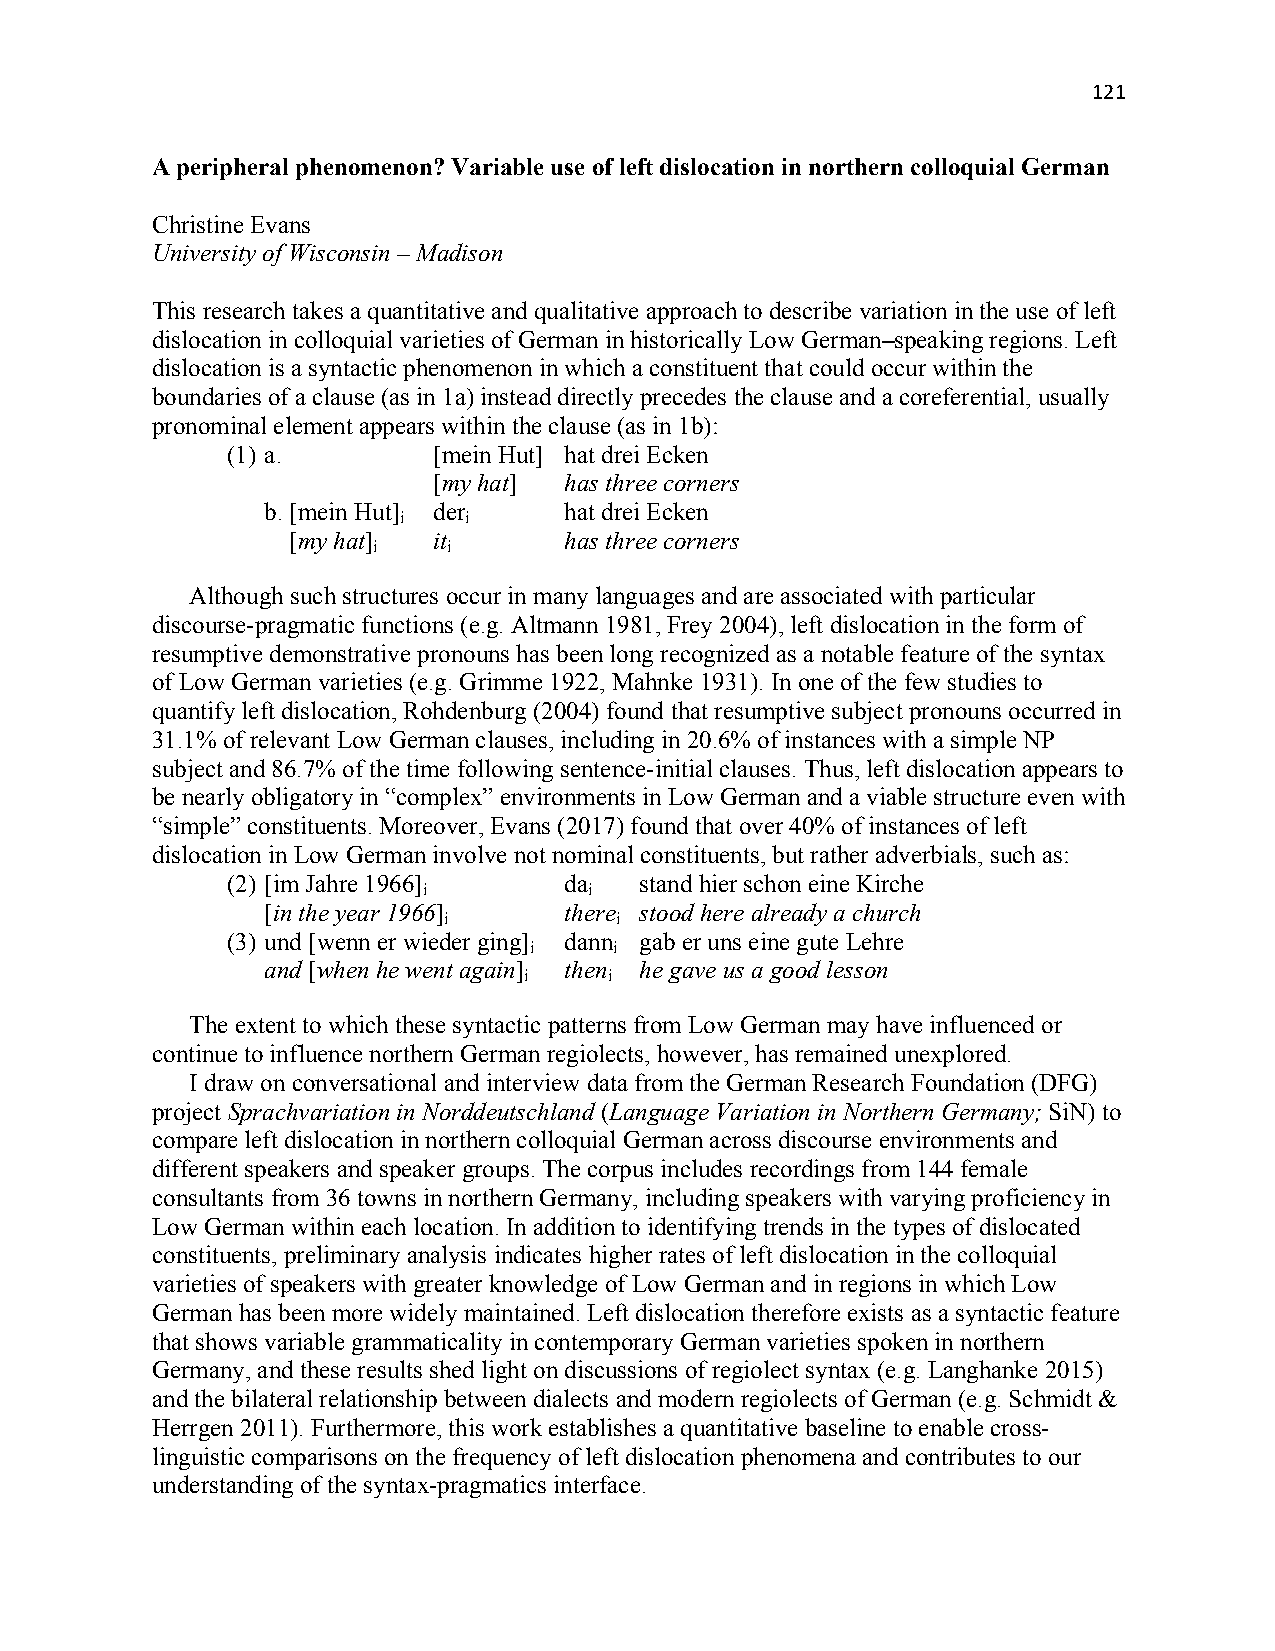
121
 A peripheral phenomenon? Variable use of left dislocation in northern colloquial German
 Christine Evans
 University of Wisconsin – Madison
 This research takes a quantitative and qualitative approach to describe variation in the use of left
 dislocation in colloquial varieties of German in historically Low German–speaking regions. Left
 dislocation is a syntactic phenomenon in which a constituent that could occur within the
 boundaries of a clause (as in 1a) instead directly precedes the clause and a coreferential, usually
 pronominal element appears within the clause (as in 1b):
 (1) a.        [mein Hut] hat drei Ecken
 [my hat] has three corners
 b. [mein Hut] der  hat drei Ecken
 i    i
 [my hat]  it      has three corners
 i    i
 Although such structures occur in many languages and are associated with particular
 discourse-pragmatic functions (e.g. Altmann 1981, Frey 2004), left dislocation in the form of
 resumptive demonstrative pronouns has been long recognized as a notable feature of the syntax
 of Low German varieties (e.g. Grimme 1922, Mahnke 1931). In one of the few studies to
 quantify left dislocation, Rohdenburg (2004) found that resumptive subject pronouns occurred in
 31.1% of relevant Low German clauses, including in 20.6% of instances with a simple NP
 subject and 86.7% of the time following sentence-initial clauses. Thus, left dislocation appears to
 be nearly obligatory in “complex” environments in Low German and a viable structure even with
 “simple” constituents. Moreover, Evans (2017) found that over 40% of instances of left
 dislocation in Low German involve not nominal constituents, but rather adverbials, such as:
 (2) [im Jahre 1966]   da   stand hier schon eine Kirche
 i          i
 [in the year 1966] there stood here already a church
 i           i
 (3) und [wenn er wieder ging] dann gab er uns eine gute Lehre
 i     i
 and [when he went again] then he gave us a good lesson
 i    i
 The extent to which these syntactic patterns from Low German may have influenced or
 continue to influence northern German regiolects, however, has remained unexplored.
 I draw on conversational and interview data from the German Research Foundation (DFG)
 project Sprachvariation in Norddeutschland (Language Variation in Northern Germany; SiN) to
 compare left dislocation in northern colloquial German across discourse environments and
 different speakers and speaker groups. The corpus includes recordings from 144 female
 consultants from 36 towns in northern Germany, including speakers with varying proficiency in
 Low German within each location. In addition to identifying trends in the types of dislocated
 constituents, preliminary analysis indicates higher rates of left dislocation in the colloquial
 varieties of speakers with greater knowledge of Low German and in regions in which Low
 German has been more widely maintained. Left dislocation therefore exists as a syntactic feature
 that shows variable grammaticality in contemporary German varieties spoken in northern
 Germany, and these results shed light on discussions of regiolect syntax (e.g. Langhanke 2015)
 and the bilateral relationship between dialects and modern regiolects of German (e.g. Schmidt &
 Herrgen 2011). Furthermore, this work establishes a quantitative baseline to enable cross-
 linguistic comparisons on the frequency of left dislocation phenomena and contributes to our
 understanding of the syntax-pragmatics interface.